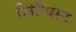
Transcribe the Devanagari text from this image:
लिंग्विस्ट